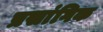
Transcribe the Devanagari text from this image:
प्रसांगिक